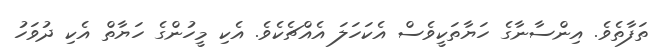
ތަފާތެވެ. އިންސާނާގެ ހަޔާތަކީވެސް އެކަހަލަ އެއްޗެކެވެ. އެކި މީހުންގެ ހަޔާތް އެކި ދުވަހު